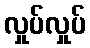
လှုပ်လှုပ်